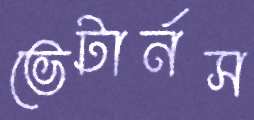
ভেটার্নস